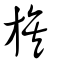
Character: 族